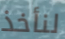
لنأخذ